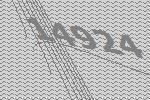
14924